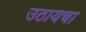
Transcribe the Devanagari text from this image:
उठायचा